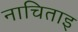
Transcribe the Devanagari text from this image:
नाचिताइ